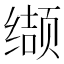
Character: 缬